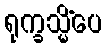
ရုက္ခသ္မိံပေ